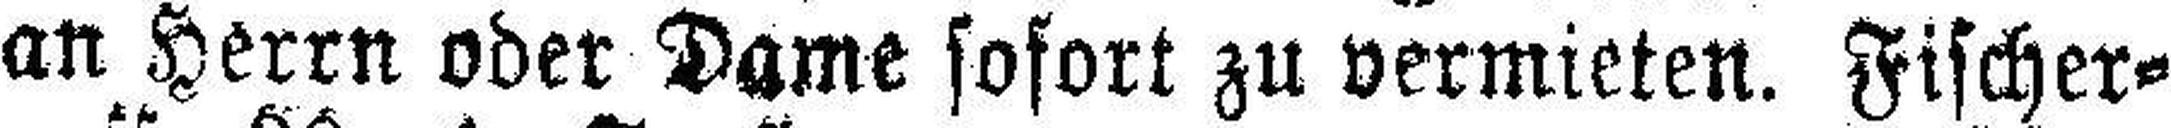
an Herrn oder Dame sofort zu vermieten. Fischer¬